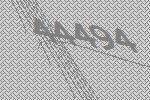
44494